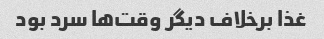
غذا برخلاف دیگر وقت‌ها سرد بود